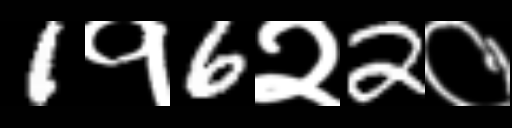
Text: 1१6२2०